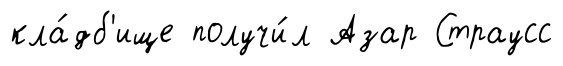
кла́дб'ище получи́л Азар Страусс